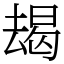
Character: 朅